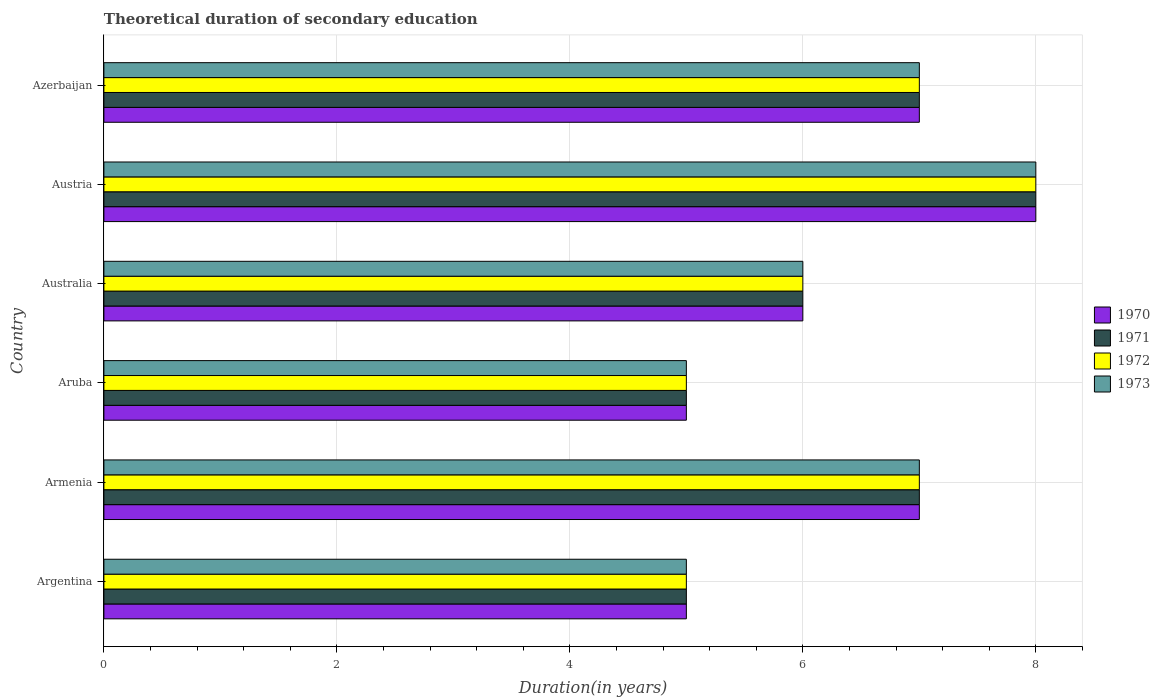
| Country | 1970 | 1971 | 1972 | 1973 |
 | --- | --- | --- | --- | --- |
 | Argentina | 5 | 5 | 5 | 5 |
 | Armenia | 7 | 7 | 7 | 7 |
 | Aruba | 5 | 5 | 5 | 5 |
 | Australia | 6 | 6 | 6 | 6 |
 | Austria | 8 | 8 | 8 | 8 |
 | Azerbaijan | 7 | 7 | 7 | 7 |